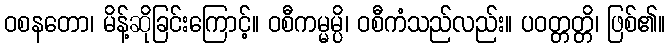
ဝစနတော၊ မိန့်ဆိုခြင်းကြောင့်။ ဝစီကမ္မမ္ပိ၊ ဝစီကံသည်လည်း။ ပဝတ္တတ္တိ၊ ဖြစ်၏။